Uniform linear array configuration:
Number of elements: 16
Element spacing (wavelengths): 0.25
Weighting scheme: hann
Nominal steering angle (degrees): -60
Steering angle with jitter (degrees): -61.706
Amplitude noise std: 0.05
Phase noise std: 0.05

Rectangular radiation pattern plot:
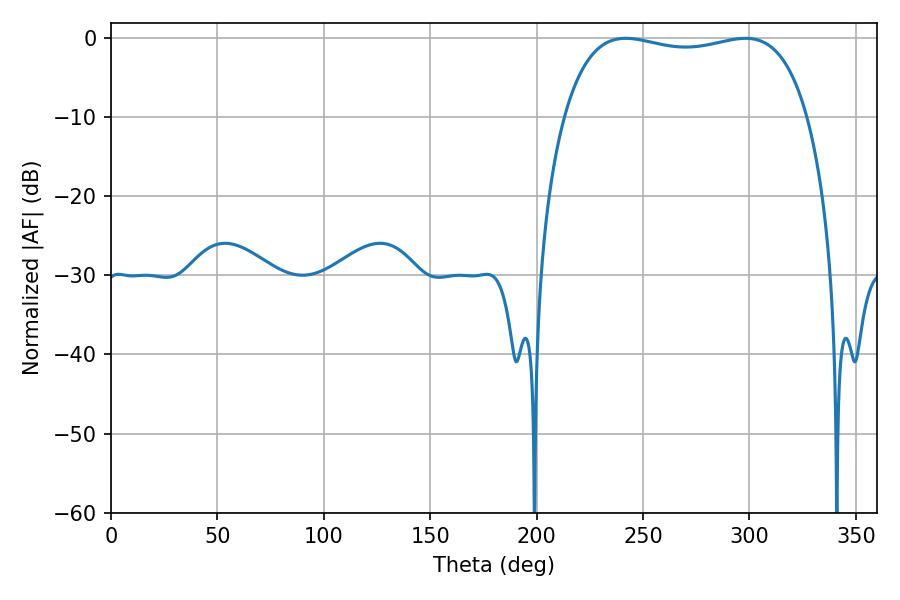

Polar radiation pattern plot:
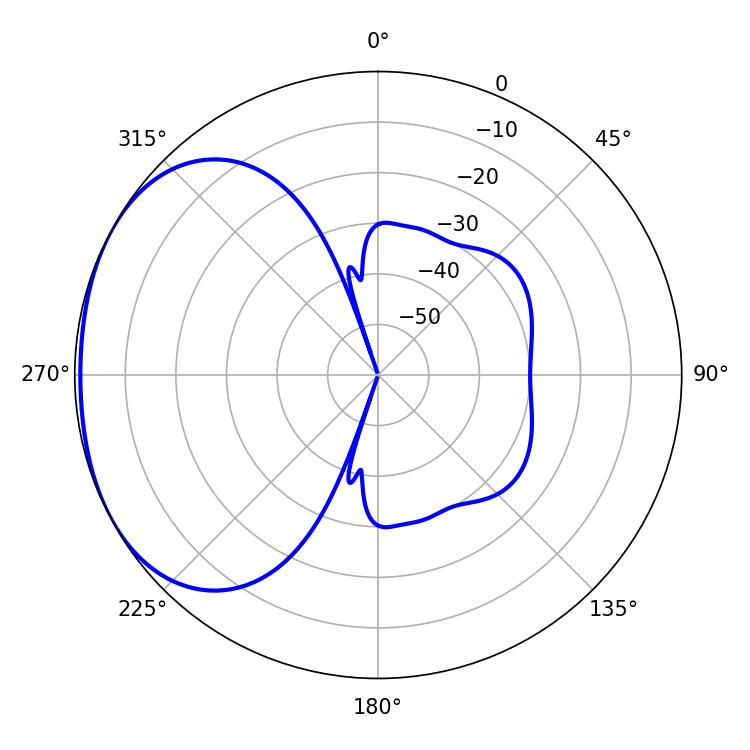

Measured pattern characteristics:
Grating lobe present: FALSE
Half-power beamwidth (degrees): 92.88
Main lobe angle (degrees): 241.92